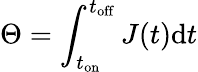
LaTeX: \Theta=\int_{t_{\mathrm{on}}}^{t_{\mathrm{off}}}J(t)\mathrm dt